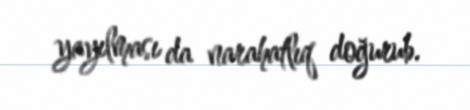
yayılması da narahatlıq doğurub.